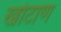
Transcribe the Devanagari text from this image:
खोटाण